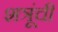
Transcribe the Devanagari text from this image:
शत्रूंची